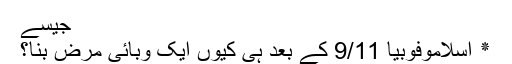
جیسے
٭ اسلاموفوبیا 9/11 کے بعد ہی کیوں ایک وبائی مرض بنا؟